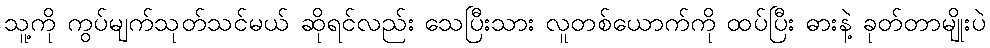
သူ့ကို ကွပ်မျက်သုတ်သင်မယ် ဆိုရင်လည်း သေပြီးသား လူတစ်ယောက်ကို ထပ်ပြီး ဓားနဲ့ ခုတ်တာမျိုးပဲ